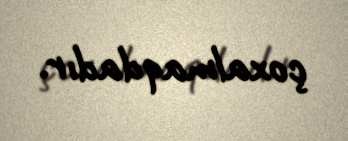
çoxalmaqdadır.